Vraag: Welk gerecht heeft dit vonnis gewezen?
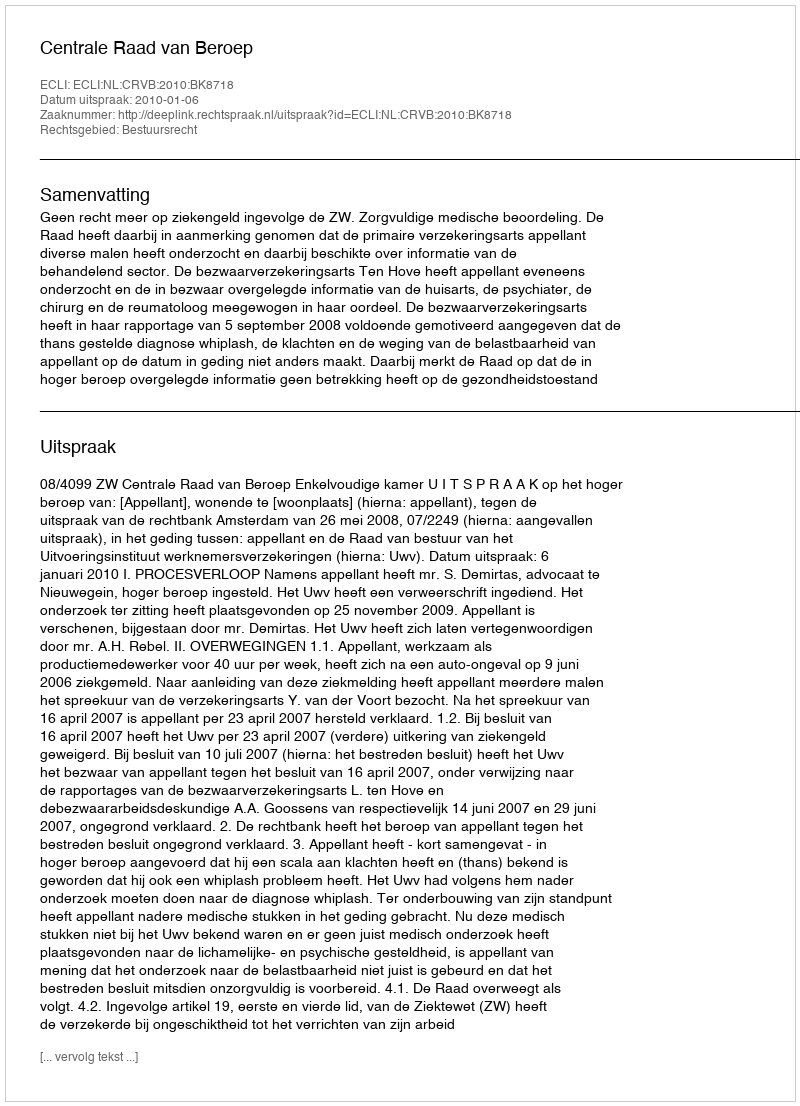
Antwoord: Centrale Raad van Beroep